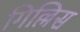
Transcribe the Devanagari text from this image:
गिल्लिस